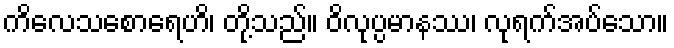
ကိလေသစောရေဟိ၊ တို့သည်။ ဝိလုပ္ပမာနဿ၊ လုရက်အပ်သော။